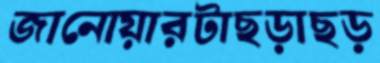
জানোয়ারটাছড়াছড়